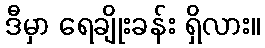
ဒီမှာ ရေချိုးခန်း ရှိလား။